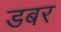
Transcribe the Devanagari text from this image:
डबर